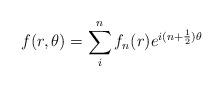
LaTeX: \begin{align*}\displaystyle f(r,\theta)= \sum_{i}^{n}{f_{n}(r) e^{i(n+\frac{1}{2})\theta }}\end{align*}